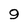
Character: 9